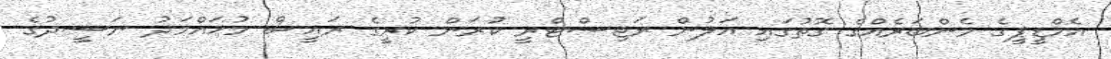
އެމްޑީޕީގެ މެންބަރެއްގެ ގޮތުގައި އަލުން ރަޖިސްޓްރީ ކުރަން ކުރީގެ ރައީސް މުހައްމަދު ނަޝީދުގެ